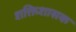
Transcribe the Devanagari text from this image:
शक्तिशासक